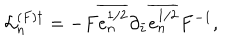
{ \cal L } _ { n } ^ { ( F ) \dagger } = - F \overline { { { e _ { n } ^ { 1 / 2 } } } } \partial _ { \bar { z } } \overline { { { e _ { n } ^ { 1 / 2 } } } } F ^ { - 1 } ,